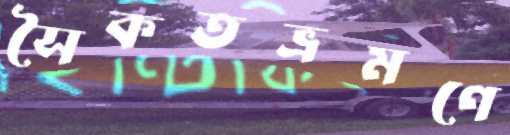
সৈকতভ্রমণে